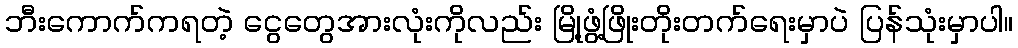
ဘီးကောက်ကရတဲ့ ငွေတွေအားလုံးကိုလည်း မြို့ဖွံ့ဖြိုးတိုးတက်ရေးမှာပဲ ပြန်သုံးမှာပါ။